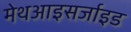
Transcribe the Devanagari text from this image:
मेथआइसर्जाइड